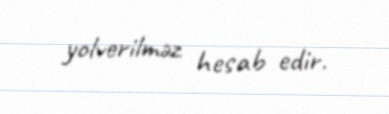
yolverilməz hesab edir.